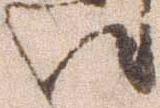
汰